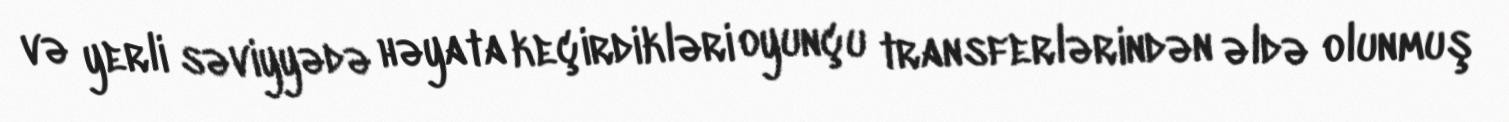
və yerli səviyyədə həyata keçirdikləri oyunçu transferlərindən əldə olunmuş